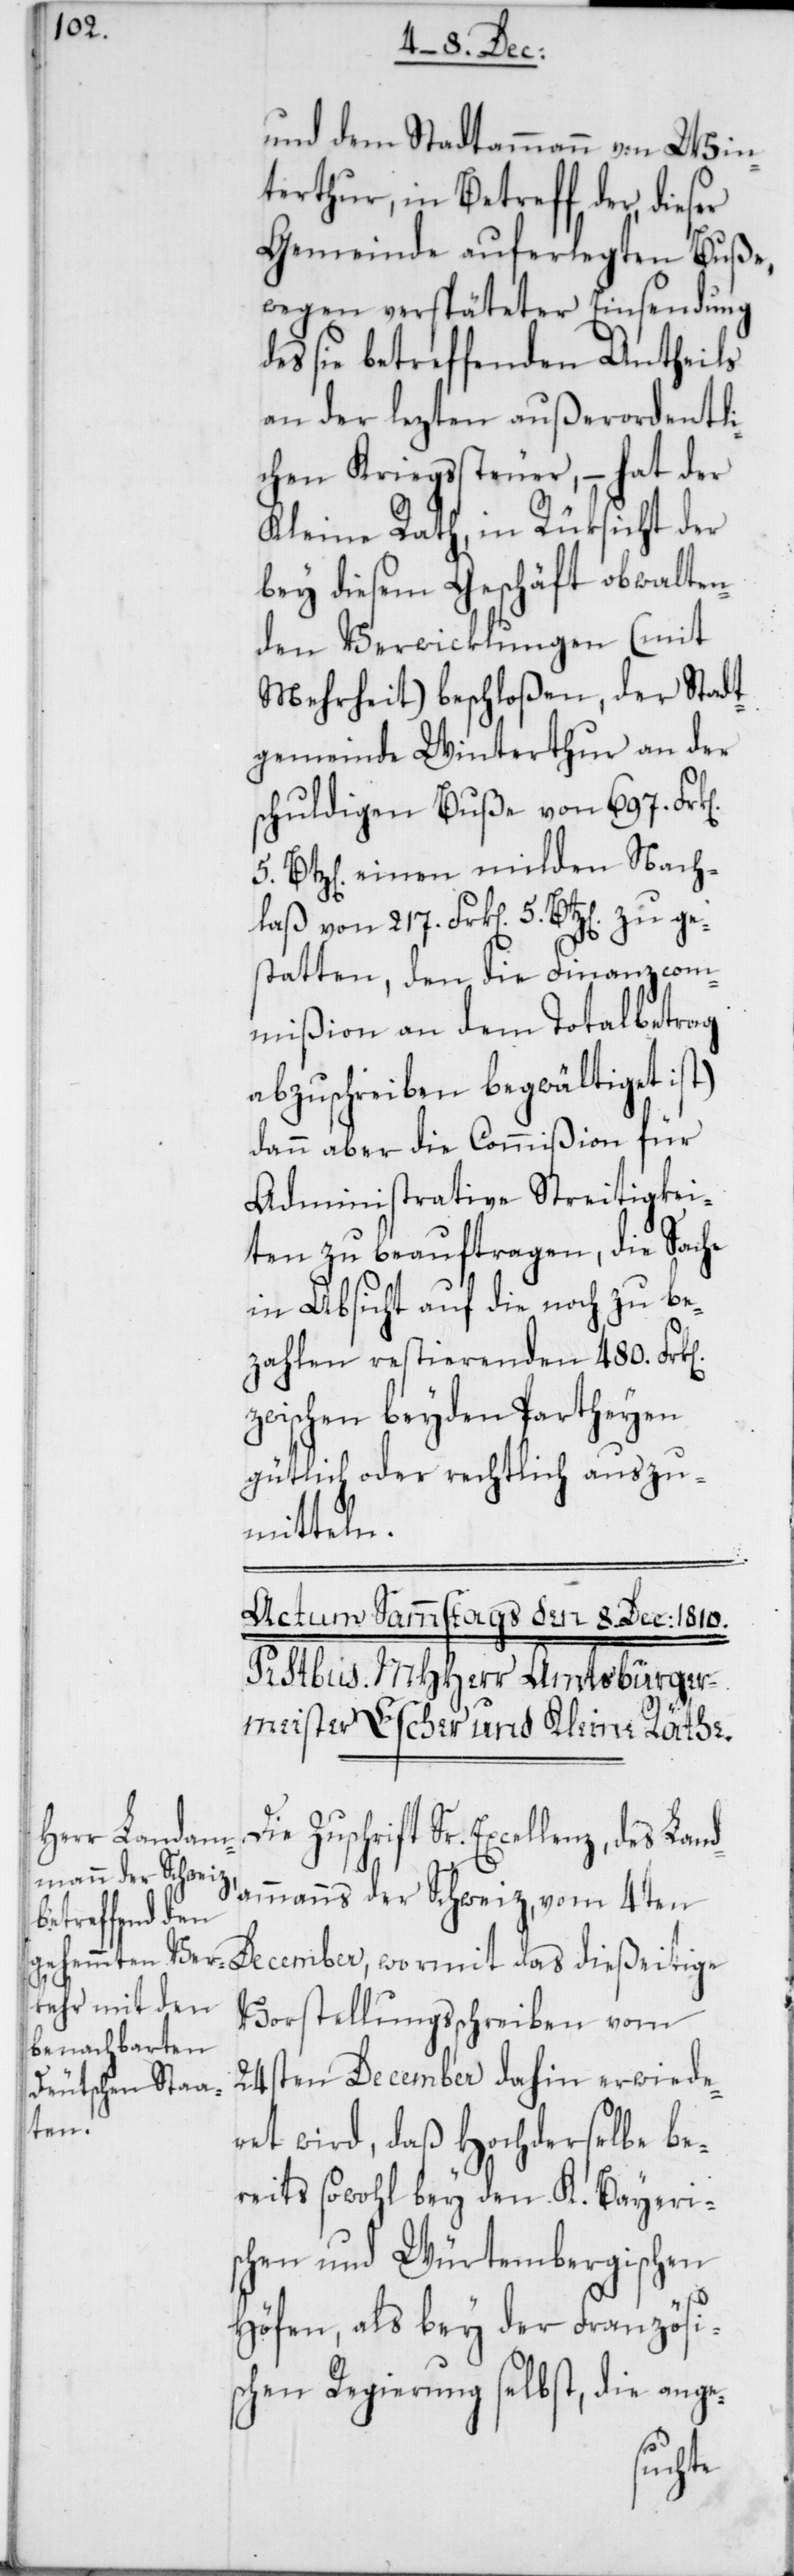
und dem Stadtammann von Win¬
terthur, in Betreff der, dieser
Gemeinde auferlegten Buße,
wegen verspäteter Einsendung
des sie betreffenden Antheils
an der lezten außerordentli¬
chen Kriegssteuer, – hat der
Kleine Rath, in Rüksicht der
bey diesem Geschäft obwalten¬
den Verwicklungen (mit
Mehrheit) beschloßen, der Stadt¬
gemeinde Winterthur an der
schuldigen Buße von 697. Frk.
Btz[en]. einen milden Nach¬
laß von 217. Frk. 5. Btz[en]. zu ge¬
statten, [(]den die Finanzcom¬
mißion an dem Totalbetrag
abzuschreiben begwältiget
dann aber die Commißion für
administrative Streitigkei¬
ten zu beauftragen, die Sache
in Absicht auf die noch zu be¬
zahlen restierenden 480. Frk.
zwischen beyden Partheyen
gütlich oder rechtlich auszu¬
mitteln.
Zuschrift Sr. Excellenz, des Lan¬
dammanns der Schweiz, vom 4ten
Vorstellungsschreiben vom
[recte: November] dahin erwiede¬
ret wird, daß hochderselbe be¬
reits sowohl bey den K. Bayeris¬
chen und Würtembergischen
Höfen, als bey der Französi¬
schen Regierung selbst, die ange-